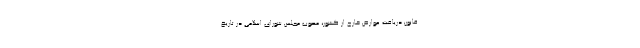
‌قانون دریافت عوارض خارج از کشور، مصوب مجلس شورای اسلامی در تاریخ